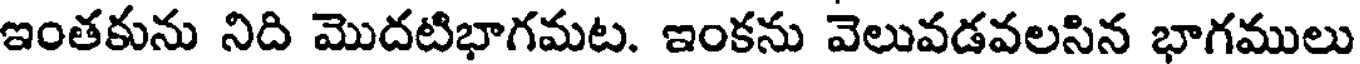
ఇంతకును నిది మొదటిభాగమట. ఇంకను వెలువడవలసిన భాగములు